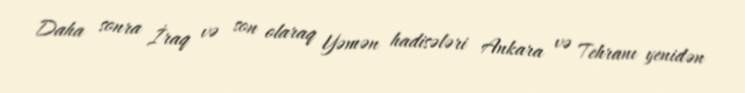
Daha sonra İraq və son olaraq Yəmən hadisələri Ankara və Tehranı yenidən